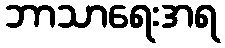
ဘာသာရေးအရ